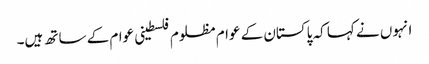
انہوں نے کہا کہ پاکستان کے عوام مظلوم فلسطینی عوام کے ساتھ ہیں۔